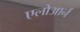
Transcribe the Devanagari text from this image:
एलोआर्न